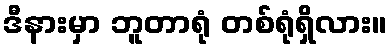
ဒီနားမှာ ဘူတာရုံ တစ်ရုံရှိလား။